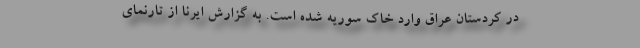
در کردستان عراق وارد خاک سوریه شده است. به گزارش ایرنا از تارنمای